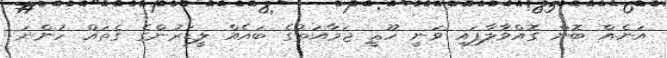
އަނެއް ބޮން ގޮއްވާލާފައި ވަނީ ހޫޘީ ޖަމާއަތުގެ ބައެއް ލީޑަރުންގެ ގެތައް ހުންނަ